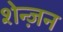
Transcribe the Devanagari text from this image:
शेन्ज़न